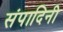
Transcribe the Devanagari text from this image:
संपादिनी